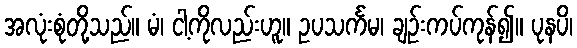
အလုံးစုံတို့သည်။ မံ၊ ငါ့ကိုလည်းဟူ။ ဥပသင်္ကမ၊ ချဉ်းကပ်ကုန်၍။ ပုနပိ၊